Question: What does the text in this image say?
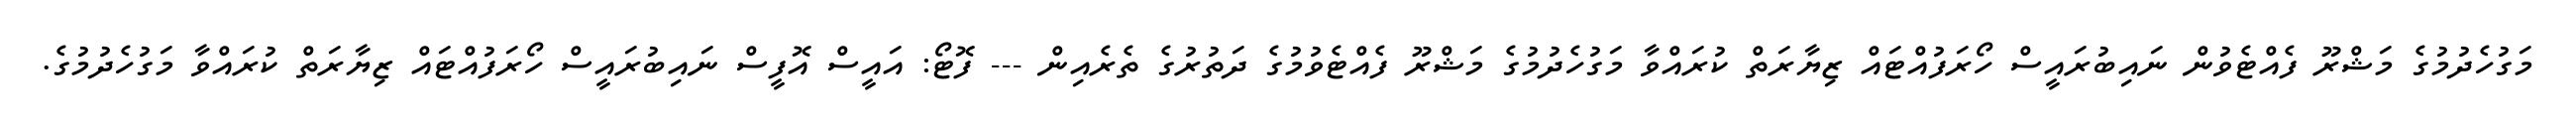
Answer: މަގުހެދުމުގެ މަޝްރޫ ފެއްޓެވުން ނައިބުރައީސް ހޯރަފުއްޓައް ޒިޔާރަތް ކުރައްވާ މަގުހެދުމުގެ މަޝްރޫ ފެއްޓެވުމުގެ ދަތުރުގެ ތެރެއިން --- ފޮޓޯ: އައީސް އޮފީސް ނައިބުރައީސް ހޯރަފުއްޓައް ޒިޔާރަތް ކުރައްވާ މަގުހެދުމުގެ.